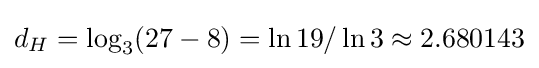
d_{H}=\log _{3}(27-8)=\ln 19/\ln 3\approx 2.680143